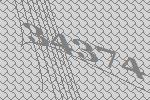
34374